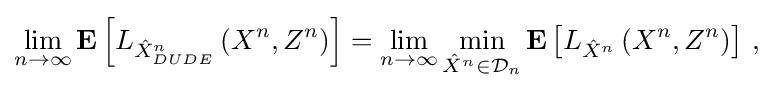
{\begin{aligned}\lim _{n\to \infty }\mathbf {E} \left[L_{{\hat {X}}_{DUDE}^{n}}\left(X^{n},Z^{n}\right)\right]=\lim _{n\to \infty }\min _{{\hat {X}}^{n}\in {\mathcal {D}}_{n}}\mathbf {E} \left[L_{{\hat {X}}^{n}}\left(X^{n},Z^{n}\right)\right]\,,\end{aligned}}